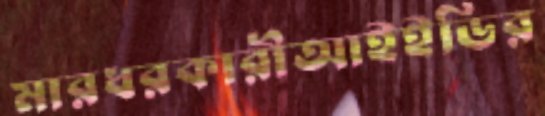
মারধরকারীআইইডির